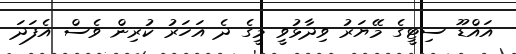
އައްޑޫ ސިޓީގެ މޭޔަރު ވިދާޅުވީ މީގެ ދެ އަހަރު ކުރިން ވެސް އެފަދަ